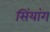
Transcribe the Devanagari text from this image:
सिंयांग